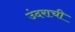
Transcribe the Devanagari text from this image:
उंदराची